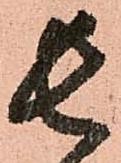
長